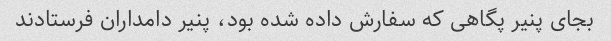
بجای پنیر پگاهی که سفارش داده شده بود، پنیر دامداران فرستادند